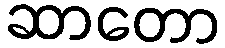
ဆာတော